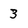
Character: 3